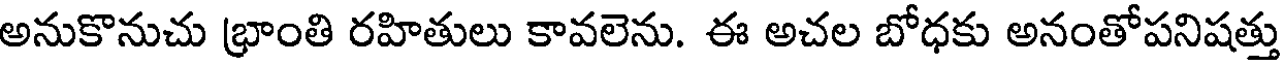
అనుకొనుచు భ్రాంతి రహితులు కావలెను. ఈ అచల బోధకు అనంతోపనిషత్తు